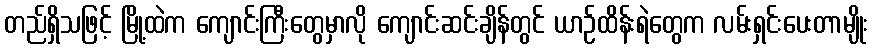
တည်ရှိသဖြင့် မြို့ထဲက ကျောင်းကြီးတွေမှာလို ကျောင်းဆင်းချိန်တွင် ယာဉ်ထိန်းရဲတွေက လမ်းရှင်းပေးတာမျိုး